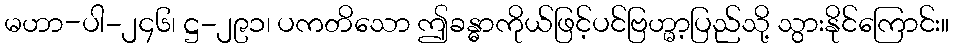
မဟာ-ပါ-၂၄၆၊ ဋ္ဌ-၂၉၁၊ ပကတိသော ဤခန္ဓာကိုယ်ဖြင့်ပင်ဗြဟ္မာ့ပြည်သို့ သွားနိုင်ကြောင်း။